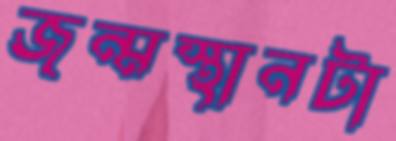
জন্মস্থানটা